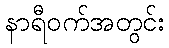
နာရီဝက်အတွင်း